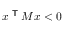
x ^ { \textsf { T } } M x < 0